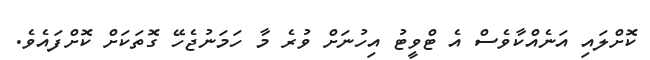
ކޮށްލައި އަނެއްކާވެސް އެ ޓްވީޓު އިހުނަށް ވުރެ މާ ހަމަނުޖެހޭ ގޮތަކަށް ކޮށްފައެވެ.